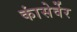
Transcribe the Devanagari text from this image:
कांसेर्वेर